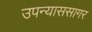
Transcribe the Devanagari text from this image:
उपन्याससागर